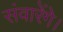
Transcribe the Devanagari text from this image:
संवारेंगे।